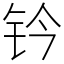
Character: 钤